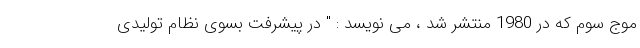
موج سوم که در 1980 منتشر شد ، می نویسد : " در پیشرفت بسوی نظام تولیدی